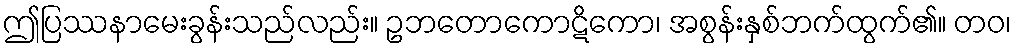
ဤပြဿနာမေးခွန်းသည်လည်း။ ဥဘတောကောဋိကော၊ အစွန်းနှစ်ဘက်ထွက်၏။ တဝ၊